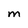
Character: M